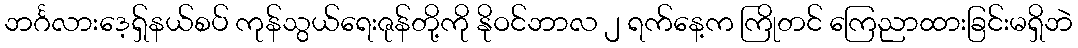
ဘင်္ဂလားဒေ့ရှ်နယ်စပ် ကုန်သွယ်ရေးဇုန်တို့ကို နိုဝင်ဘာလ ၂ ရက်နေ့က ကြိုတင် ကြေညာထားခြင်းမရှိဘဲ